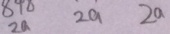
2 a 2 a 2 a